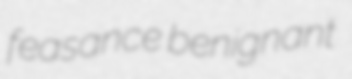
feasance benignant